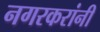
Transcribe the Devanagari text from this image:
नगरकरांनी